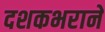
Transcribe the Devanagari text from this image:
दशकभराने